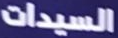
السيدات